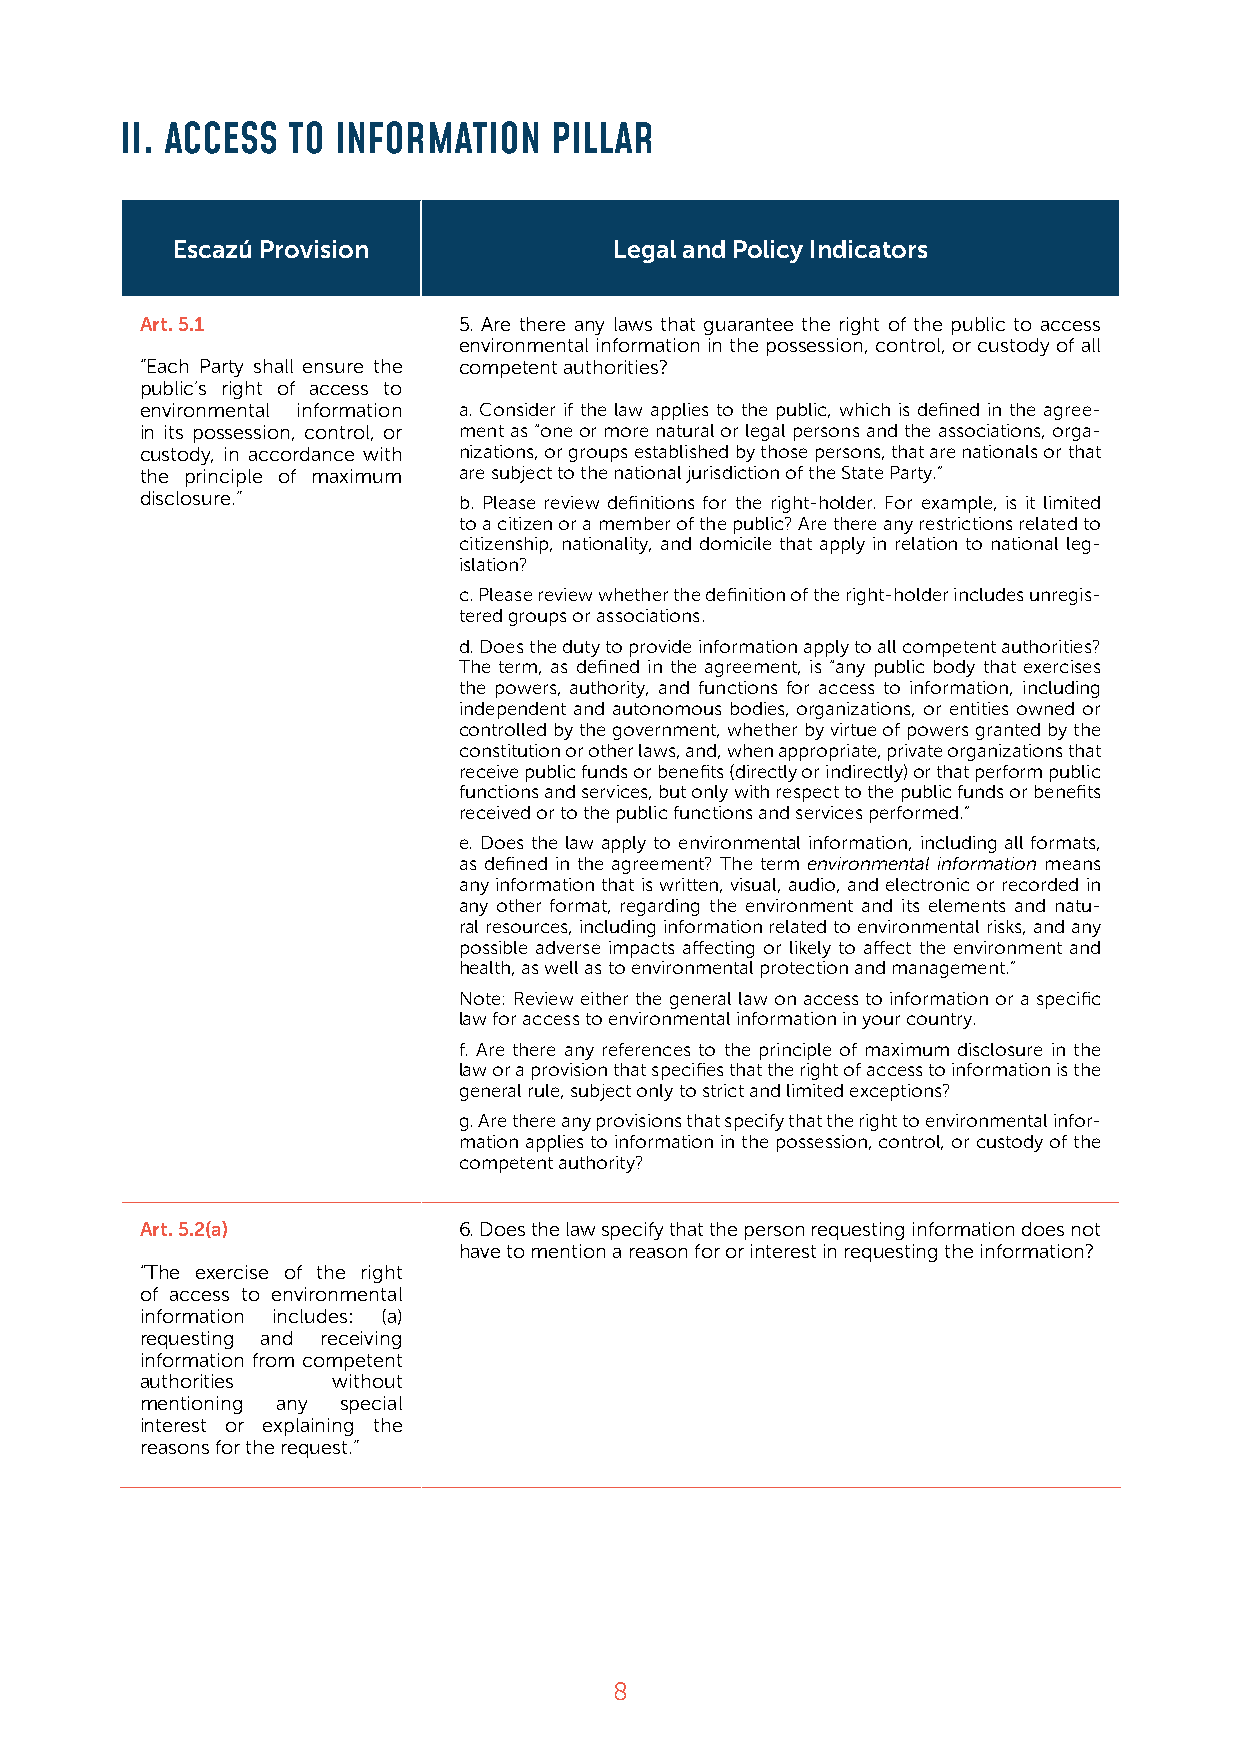
II. ACCESS TO INFORMATION   PILLAR
 Escazú Provision              Legal and Policy Indicators
 Art. 5.1             5. Are there any laws that guarantee the right of the public to access
 environmental information in the possession, control, or custody of all
 “Each Party shall ensure the competent authorities?
 public’s right of access to
 environmental information a. Consider if the law applies to the public, which is defined in the agree-
 in its possession, control, or ment as “one or more natural or legal persons and the associations, orga-
 custody, in accordance with nizations, or groups established by those persons, that are nationals or that
 the principle of maximum are subject to the national jurisdiction of the State Party.”
 disclosure.”         b. Please review definitions for the right-holder. For example, is it limited
 to a citizen or a member of the public? Are there any restrictions related to
 citizenship, nationality, and domicile that apply in relation to national leg-
 islation?
 c. Please review whether the definition of the right-holder includes unregis-
 tered groups or associations.
 d. Does the duty to provide information apply to all competent authorities?
 The term, as defined in the agreement, is “any public body that exercises
 the powers, authority, and functions for access to information, including
 independent and autonomous bodies, organizations, or entities owned or
 controlled by the government, whether by virtue of powers granted by the
 constitution or other laws, and, when appropriate, private organizations that
 receive public funds or benefits (directly or indirectly) or that perform public
 functions and services, but only with respect to the public funds or benefits
 received or to the public functions and services performed.”
 e. Does the law apply to environmental information, including all formats,
 as defined in the agreement? The term environmental information means
 any information that is written, visual, audio, and electronic or recorded in
 any other format, regarding the environment and its elements and natu-
 ral resources, including information related to environmental risks, and any
 possible adverse impacts affecting or likely to affect the environment and
 health, as well as to environmental protection and management.”
 Note: Review either the general law on access to information or a specific
 law for access to environmental information in your country.
 f. Are there any references to the principle of maximum disclosure in the
 law or a provision that specifies that the right of access to information is the
 general rule, subject only to strict and limited exceptions?
 g. Are there any provisions that specify that the right to environmental infor-
 mation applies to information in the possession, control, or custody of the
 competent authority?
 Art. 5.2(a)          6. Does the law specify that the person requesting information does not
 have to mention a reason for or interest in requesting the information?
 “The exercise of the right
 of access to environmental
 information includes: (a)
 requesting and receiving
 information from competent
 authorities  without
 mentioning any special
 interest or explaining the
 reasons for the request.”
 8